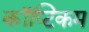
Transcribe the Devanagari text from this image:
कॉप्टिकम